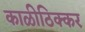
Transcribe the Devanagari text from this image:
काळीठिक्कर